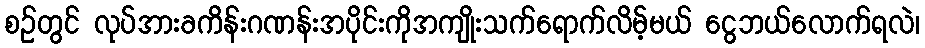
စဉ်တွင် လုပ်အားခကိန်းဂဏန်းအပိုင်းကိုအကျိုးသက်ရောက်လိမ့်မယ် ငွေဘယ်လောက်ရလဲ၊